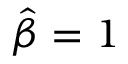
{ \hat { \beta } } = 1